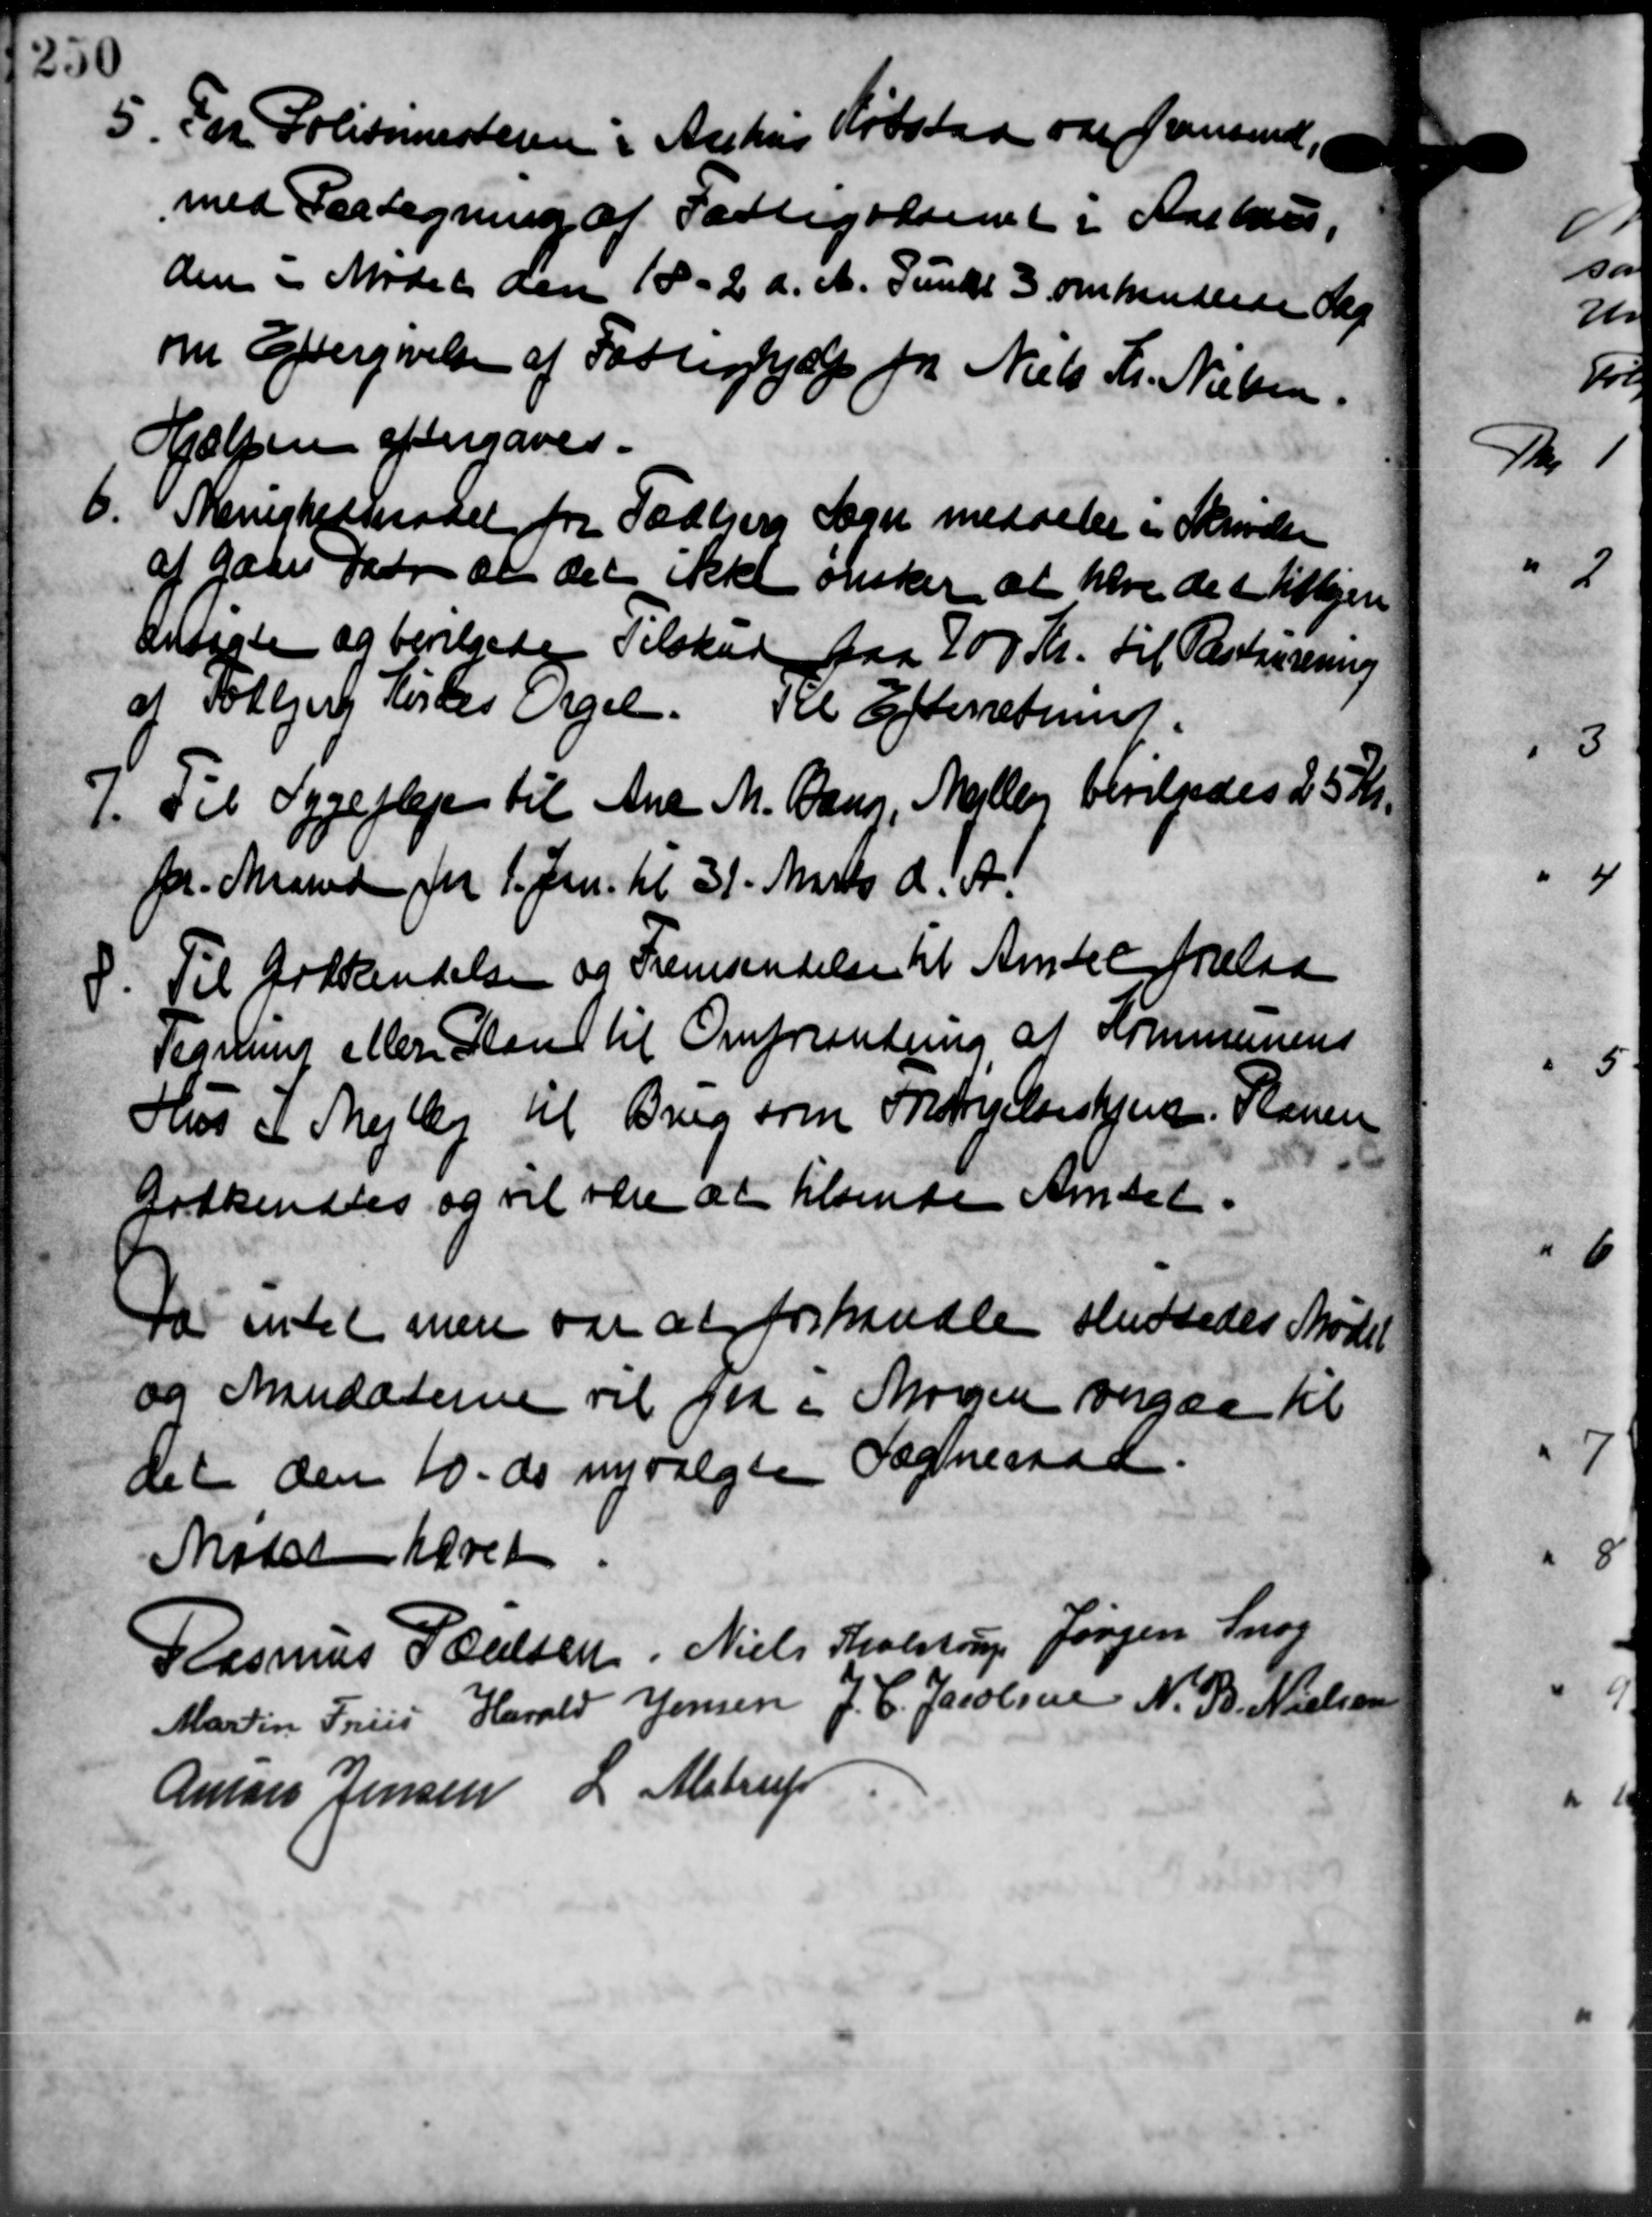
Transskription:
5. For Politimesteren i Aarhus Købstad var fremsende,
med Paategning af Fattigvæsenet i Aarhus,
den i Mødet den 18 - 2 d. A. Punkt 3 omhandlede Ska
om Eftergivelse af Fattighjælp for Niels Th. Nielsen
Hjælpen eftergaves.
6. Skonstitsradet for Todbjerg Sogn meddeler i Skrivelse
af Gaar faar at det ikke ønsker at have de i tidligere
ansagte og bevilgedes Tilskud paa 700 Kr. til Restaurening
af Solbjerg restes Agel. Til Efterretning
7. Til Sygepleje til Ane M. Bang, Meller bevilgedes 25 Kr.
fr. Maaned for 1. Jan. til 31. Marts d. A.
8. Til Erkkendelsen og Fremsendelse til Amtet Nielse
Tegning eller Plan til Omforentning af Kommunens
Hus i Mejlby til Brug som Forestrygelseshjem. Planen
fodkendtes og vil være at tilsende Amtet.
Da intet men var at forhandle sluttedes Mødet
og Maudaterne vil faa i Morgen angaa til
det den 10. de nyvalgtes Sogneraad.
Mødet hævet
Rasmus Poulsen Niels Tholstrup Jørgen Snog
Martin Friis Harald Jensen J. C. Jacobsen N. B. Nielsen
Aniors Jensen L. Alstrup